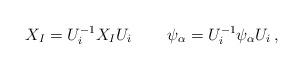
LaTeX: \begin{align*} X_{I} = U_{i}^{-1}X_{I}U_{i} \, \qquad \psi_{\alpha} = U_{i}^{-1}\psi_{\alpha}U_{i} \, ,\end{align*}